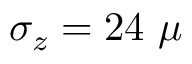
\sigma _ { z } = 2 4 ~ \mu